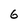
Character: 6